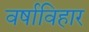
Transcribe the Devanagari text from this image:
वर्षाविहार